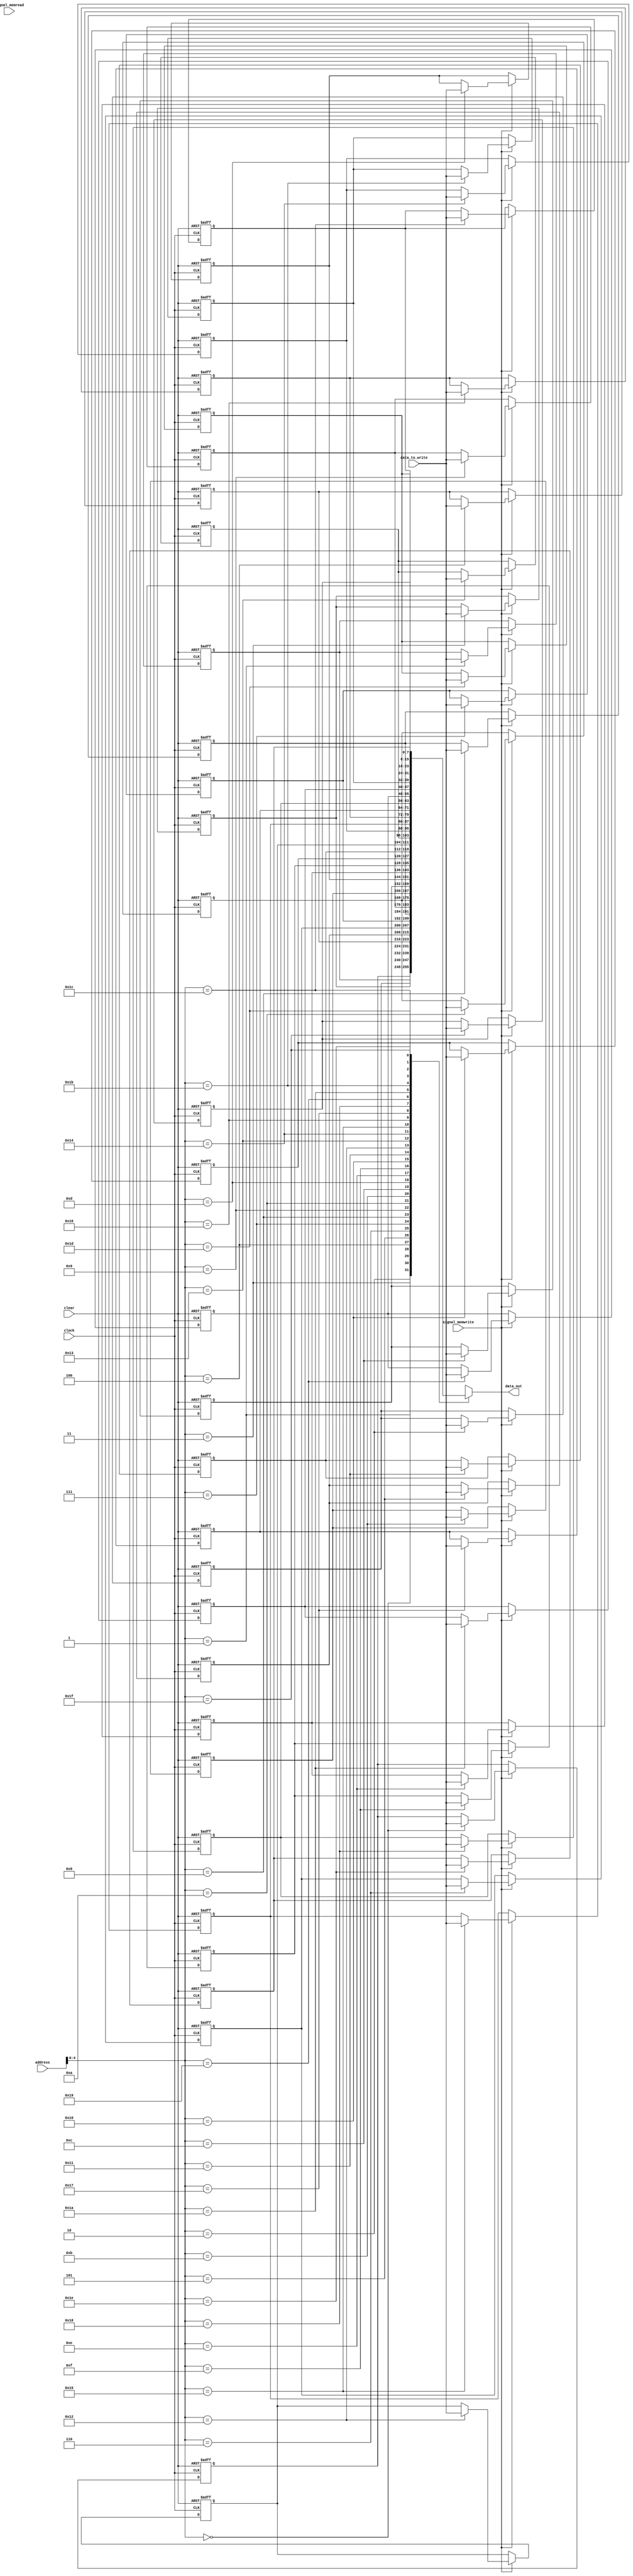
`timescale 1ns / 1ps

module data_memory(
    input signal_memread,
    input signal_memwrite,
    input [7:0] address,
    input [7:0] data_to_write,
    input clock,
    input clear,
    output [7:0] data_out
    );

    // 2D array declaration
    reg [7:0] memory[0:31];

    // SHOULD BE wire (only read)
    assign data_out = memory[address];

    always @(posedge clock or posedge clear) begin

        if (clear) begin
            memory[0] <= 8'b0;
            memory[1] <= 8'b1;
            memory[2] <= 8'b10;
            memory[3] <= 8'b11;
            memory[4] <= 8'b100;
            memory[5] <= 8'b101;
            memory[6] <= 8'b110;
            memory[7] <= 8'b111;
            memory[8] <= 8'b1000;
            memory[9] <= 8'b1001;
            memory[10] <= 8'b1010;
            memory[11] <= 8'b1011;
            memory[12] <= 8'b1100;
            memory[13] <= 8'b1101;
            memory[14] <= 8'b1110;
            memory[15] <= 8'b1111;
            memory[16] <= 8'b0;
            // 2's complement notation
            memory[17] <= 8'b11111111;
            memory[18] <= 8'b11111110;
            memory[19] <= 8'b11111101;
            memory[20] <= 8'b11111100;
            memory[21] <= 8'b11111011;
            memory[22] <= 8'b11111010;
            memory[23] <= 8'b11111001;
            memory[24] <= 8'b11111000;
            memory[25] <= 8'b11110111;
            memory[26] <= 8'b11110110;
            memory[27] <= 8'b11110101;
            memory[28] <= 8'b11110100;
            memory[29] <= 8'b11110011;
            memory[30] <= 8'b11110010;
            memory[31] <= 8'b11110001;
        end
        else begin
            // write signal
            if (signal_memwrite) begin
                memory[address] <= data_to_write;
            end
        end
    end

endmodule